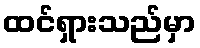
ထင်ရှားသည်မှာ